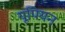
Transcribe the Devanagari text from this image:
यूपियन